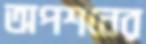
অপশনের